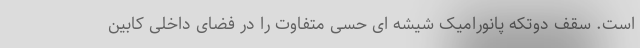
است. سقف دوتکه پانورامیک شیشه ای حسی متفاوت را در فضای داخلی کابین